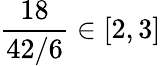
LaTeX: {\frac{18}{42/6}}\in[2,3]